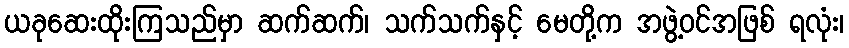
ယခုဆေးထိုးကြသည်မှာ ဆက်ဆက်၊ သက်သက်နှင့် မေတို့က အဖွဲ့ဝင်အဖြစ် ရလုံး၊